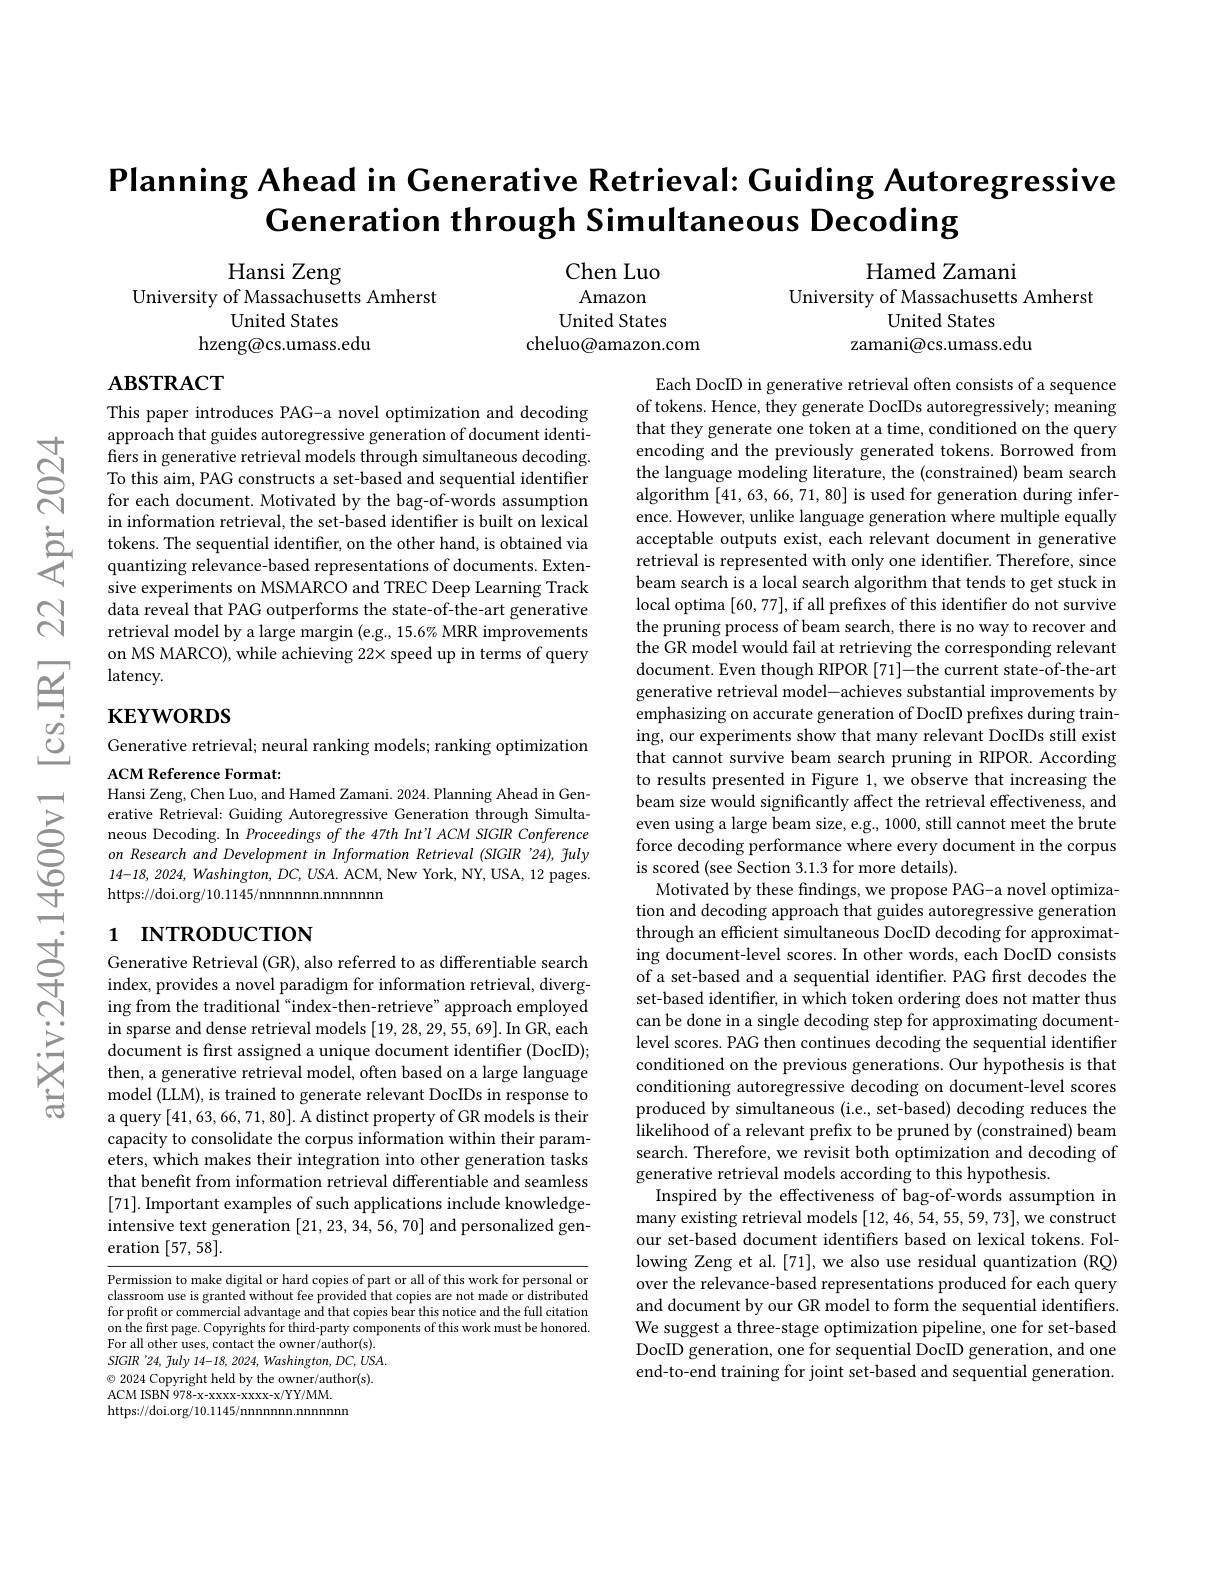
Planning Ahead in Cenerative Retrieval: Guiding Autoregressive
$\textbf{Ceneration through Simultaneous Decoding}$

Hamed Zamani
University of Massachusetts Amherst
United States
zamani@cs.umass.edu

Hansi Zeng
University of Massachusetts Amherst
United States
hzeng@cs.umass.edu

Chen Luo Amazon
United States
cheluo@amazon.com

# ABSTRACT

$তুর$

This paper introduces PAG-a novel optimization and decoding approach that guides autoregressive generation of document identifiers in generative retrieva To this aim, PAG constructs a set-based and sequential identifier for each document. Motivated in information retrieval, the set-based identifier is built on lexical
in information retrieval, the set- based identifier is built on lexical tokens. The sequential identifier, on the other hand, is obtained via quantizing relevance- based representations of documents. Exten-
sive experiments on MSMARCO and TREC Deep Learning Track data reveal that PAG outperf retrieval model by a large m on MS MARCO), while achieving 22× speed up in terms of query latency.

$റ്റെ$

$否$

# $\mathbf{KEYWORDS}$

$હં$

Generative retrieval; neural ranking models; ranking optimization
ACM Reference Format:

Hansi Zeng, Chen Luo, and Hamed Zamani. 2024. Planning Ahead in Generative Retrieval: Guiding Autoregressive Generation through Simultaneous Decoding. In Proceedings of the 47th Int'l ACM SIGIR Conference on Research and Development in Information Retrieval (SIGIR '24), fuly $14-18,2024,Washington,DC,USA.$ ACM, New York, NY, USA, 12 pages. https://doi.org/10.1145/nnnnnnn.nnnnn

$క్తే$

Each DocID in generative retrieval often consists of a sequence of tokens. Hence, they generate DocIDs autoregressively; meaning that they generate one token at a time, conditioned on the query encoding and the previously generated tokens. Borrowed from the language modeling literature, the (constrained) beam search algorithm [41,63,66,71,80] is used for generation during inference. However, unlike language generation where multiple equally acceptable outputs exist, each relevant document in generative retrieval is represented with only one identifier. Therefore, since beam search is a local search algorithm that tends to get stuck in local optima [60,77], if all prefixes of this identifier do not survive the pruning process of beam search, there is no way to recover and the GR model would fail at retrieving the corresponding relevant document. Even though RIPOR [71]-the current state-of-the-art generative retrieval model-achieves substantial improvements by emphasizing on accurate generation of DocID prefixes during training, our experiments show that many relevant DocIDs still exist that cannot survive beam search pruning in RIPOR. According to results presented in Figure 1, we observe that increasing the beam size would significantly affect the retrieval effectiveness, and even using a large beam size, e.g., 1000, still cannot meet the brute force decoding performance where every document in the corpus is scored (see Section 3.1.3 for more details).
Motivated by these findings, we propose PAG-a novel optimization and decoding approach that guides autoregressive generation through an efficient simultaneous DocID decoding for approximating document-level scores. In other words, each DocID consists of a set-based and a sequential identifier. PAG first decodes the set-based identifier, in which token ordering does not matter thus can be done in a single decoding step for approximating documentlevel scores. PAG then continues decoding the sequential identifier conditioned on the previous generations. Our hypothesis is that conditioning autoregressive decoding on document-level scores produced by simultaneous (i.e., set-based) decoding reduces the likelihood of a relevant prefix to be pruned by (constrained) beam search. Therefore, we revisit both optimization and decoding of generative retrieval models according to this hypothesis.
Inspired by the effectiveness of bag-of-words assumption in many existing retrieval models [12,46,54,55,59,73], we construct our set-based document identifiers based on lexical tokens. Following Zeng et al.[71], we also use residual quantization (RQ) over the relevance-based representations produced for each query and document by our GR model to form the sequential identifiers We suggest a three-stage optimization pipeline, one for set-based DocID generation, one for sequential DocID generation, and one end-to-end training for joint set-based and sequential generation.

一

# 1 INTRODUCTION

$享$

Generative Retrieval (GR), also referred to as differentiable search index, provides a novel paradigm for information retrieval, diverging from the traditional“index-then-retrieve”approach employed in sparse and dense retrieval models [19,28,29,55,69].In GR, each document is first assigned a unique document identifier (DocID); then, a generative retrieval model, often based on a large language model (LLM), is trained to generate relevant DocIDs in response to a query [41,63,66,71,80]. A distinct property of GR models is their capacity to consolidate the corpus information within their parameters, which makes their int that benefit from informatio [71]. Important examples o intensive text generation [ eration [57,58].

Permission to make digital o classroom use is granted wit for profit or commercial adv on the first page. Copyright For all other uses, contact SIGIR '24, July 14-18, 2024, $\textcircled{\circ}$ 2024 Copyright held b ACM ISBN 978-x-xxxx-xxx-x/YY https://doi.org/10.1145/nnnn